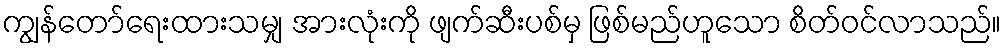
ကျွန်တော်ရေးထားသမျှ အားလုံးကို ဖျက်ဆီးပစ်မှ ဖြစ်မည်ဟူသော စိတ်ဝင်လာသည်။